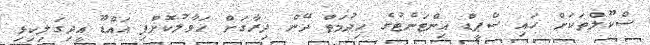
ސްކޫލްތަކަށް ހައި ސްޕީޑް އިންޓަނެޓުގެ ހިދުމަތް ދޭން ދިރާގަށް ހަވާލުކޮށްފި އައްޑޫ އީދިގަލިކިޅި